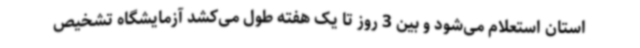
استان استعلام می‌شود و بین 3 روز تا یک هفته طول می‌کشد آزمایشگاه تشخیص